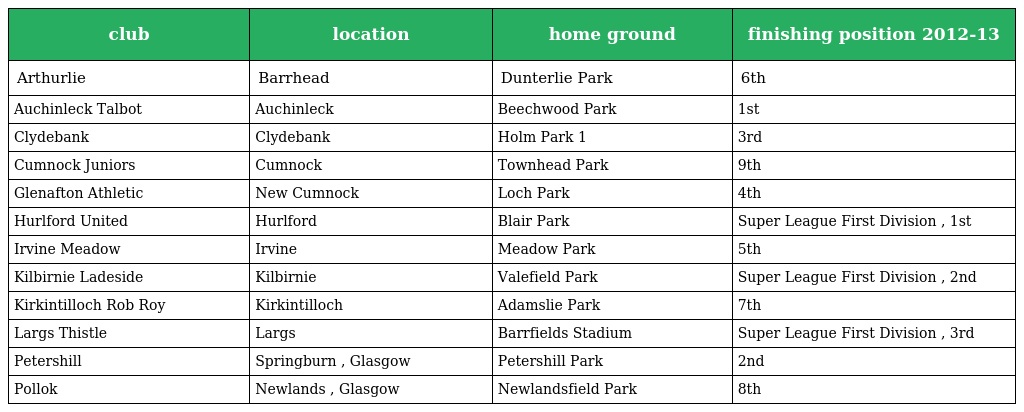
| club | location | home ground | finishing position 2012-13 |
 | --- | --- | --- | --- |
 | Arthurlie | Barrhead | Dunterlie Park | 6th |
 | Auchinleck Talbot | Auchinleck | Beechwood Park | 1st |
 | Clydebank | Clydebank | Holm Park 1 | 3rd |
 | Cumnock Juniors | Cumnock | Townhead Park | 9th |
 | Glenafton Athletic | New Cumnock | Loch Park | 4th |
 | Hurlford United | Hurlford | Blair Park | Super League First Division , 1st |
 | Irvine Meadow | Irvine | Meadow Park | 5th |
 | Kilbirnie Ladeside | Kilbirnie | Valefield Park | Super League First Division , 2nd |
 | Kirkintilloch Rob Roy | Kirkintilloch | Adamslie Park | 7th |
 | Largs Thistle | Largs | Barrfields Stadium | Super League First Division , 3rd |
 | Petershill | Springburn , Glasgow | Petershill Park | 2nd |
 | Pollok | Newlands , Glasgow | Newlandsfield Park | 8th |